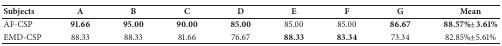
<table><thead><tr><td><b>Subjects</b></td><td><b>A</b></td><td><b>B</b></td><td><b>C</b></td><td><b>D</b></td><td><b>E</b></td><td><b>F</b></td><td><b>G</b></td><td><b>Mean</b></td></tr></thead><tbody><tr><td>AF-CSP</td><td><b>91.66</b></td><td><b>95.00</b></td><td><b>90.00</b></td><td><b>85.00</b></td><td>85.00</td><td>85.00</td><td><b>86.67</b></td><td><b>88.57</b>%<b>±3.61</b>%</td></tr><tr><td>EMD-CSP</td><td>88.33</td><td>88.33</td><td>81.66</td><td>76.67</td><td><b>88.33</b></td><td><b>83.34</b></td><td>73.34</td><td>82.85%±5.61%</td></tr></tbody></table>